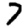
Digit: 7